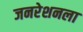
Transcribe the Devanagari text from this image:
जनरेशनला